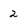
Character: 2